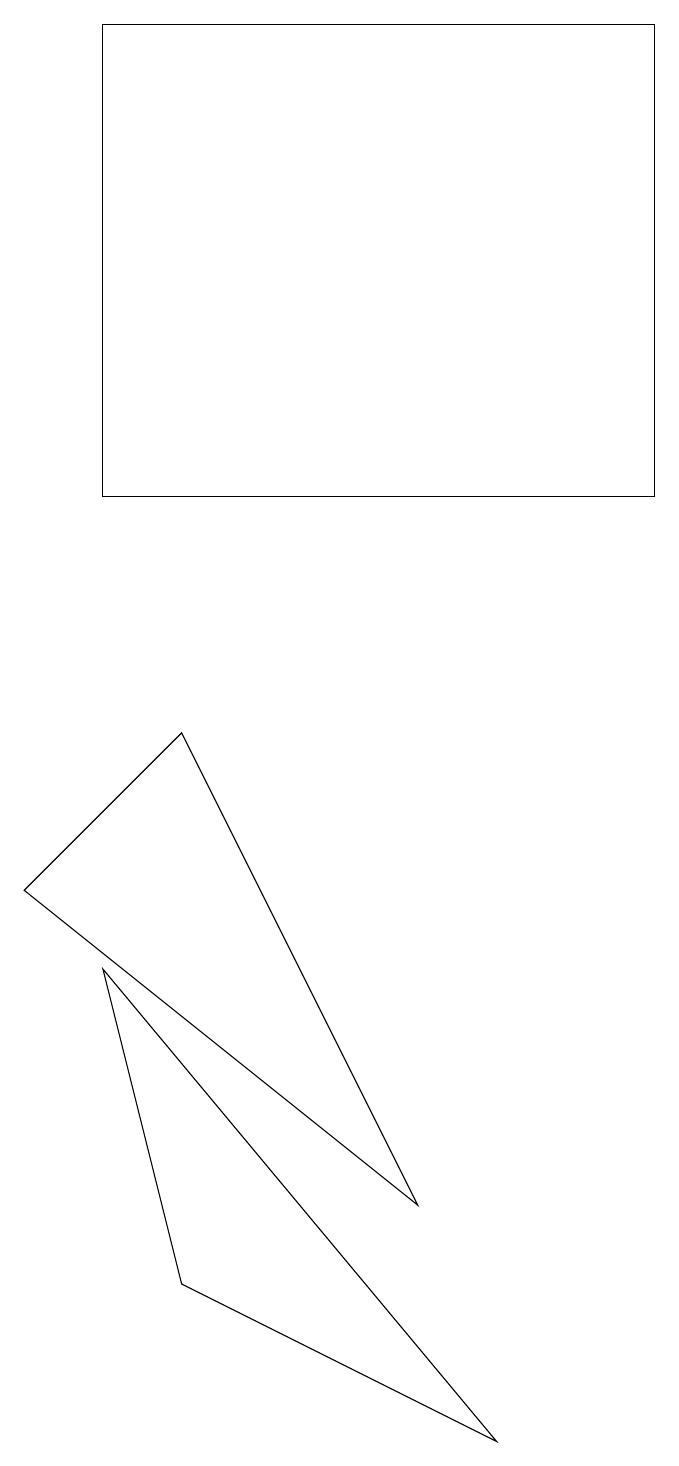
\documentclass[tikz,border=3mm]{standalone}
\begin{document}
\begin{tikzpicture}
\draw (1,6) -- (6,0) -- (2,2) -- cycle;
\draw (8,12) rectangle (1,18);
\draw (0,7) -- (5,3) -- (2,9) -- cycle;
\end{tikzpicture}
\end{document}